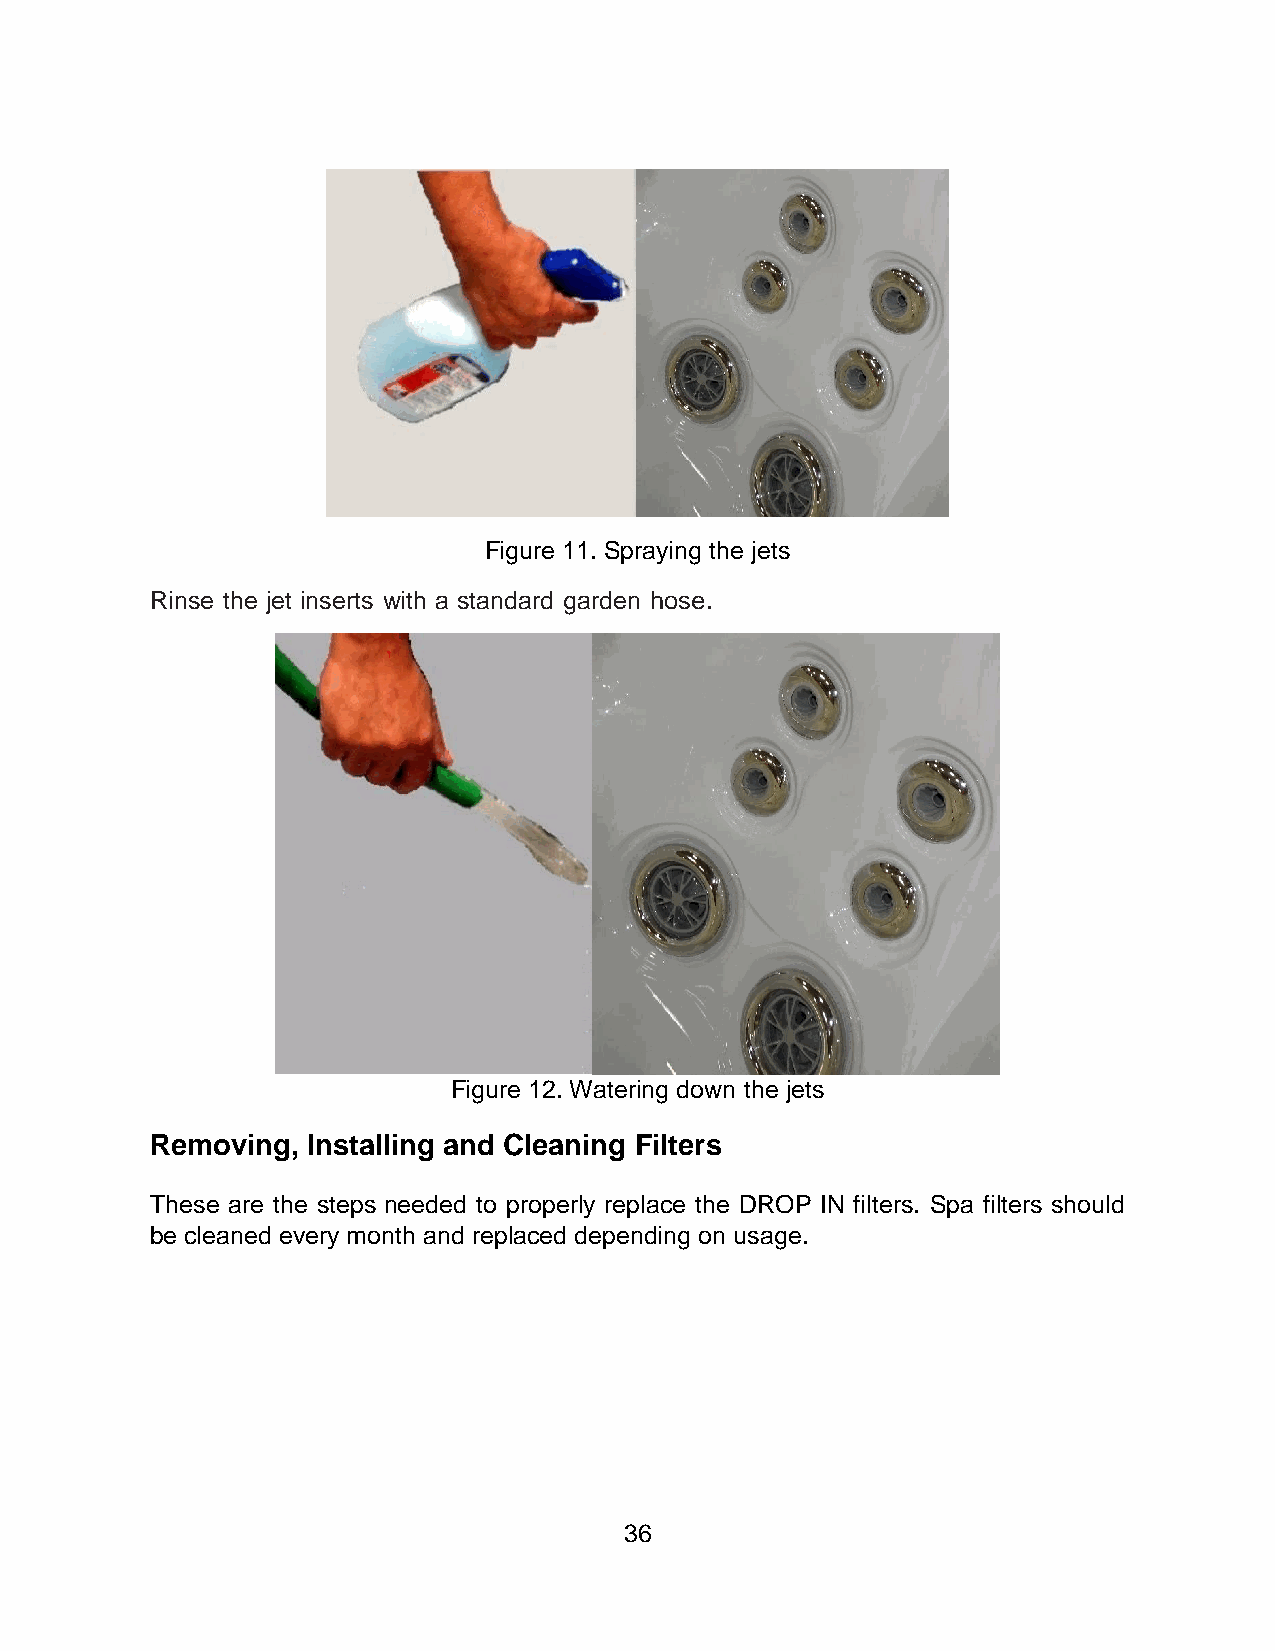
Figure 11. Spraying the jets
 Rinse the jet inserts with a standard garden hose.
 Figure 12. Watering down the jets
 Removing, Installing and Cleaning Filters
 These are the steps needed to properly replace the DROP IN filters. Spa filters should
 be cleaned every month and replaced depending on usage.
 36